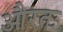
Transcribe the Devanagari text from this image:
औरतः